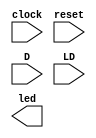
`timescale 1ns / 1ps
//////////////////////////////////////////////////////////////////////////////////
// Company: 
// Engineer: 
// 
// Design Name: 
// Module Name: led_module
// Project Name: 
// Target Devices: 
// Tool Versions: 
// Description: 
// 
// Dependencies: 
// 
// Revision:
// Revision 0.01 - File Created
// Additional Comments:
// 
//////////////////////////////////////////////////////////////////////////////////


module led_module(
    input clock,
    input reset,
    input D,
    input LD,
    output [15:0] led
    );
    
    parameter CLK_FREQ = 100 * 10**6;           //clock at 100 MHz
    
    
    
    
    
endmodule